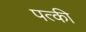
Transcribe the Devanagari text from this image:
पत्‍की